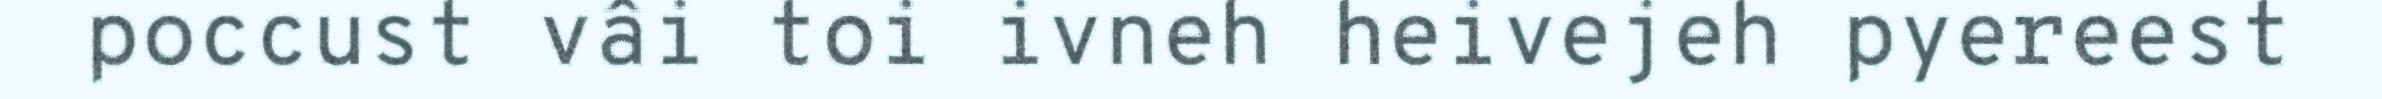
poccust vâi toi ivneh heivejeh pyereest